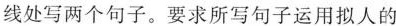
线处写两个句子。要求所写句子运用拟人的